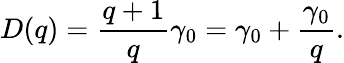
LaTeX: D(q)=\frac{q+1}{q}\gamma_{0}=\gamma_{0}+\frac{\gamma_{0}}{q}.